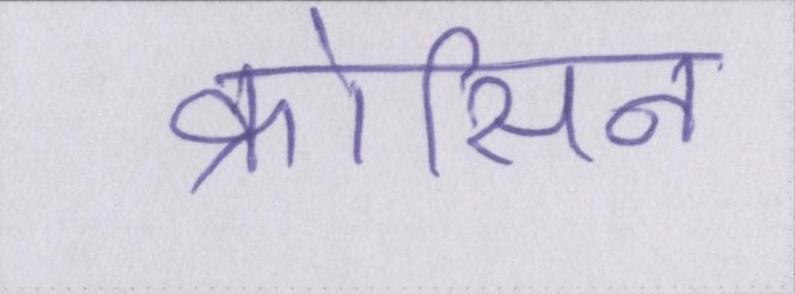
क्रोसिन